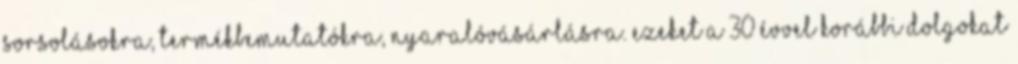
sorsolásokra, termékbemutatókra, nyaralóvásárlásra. Ezeket a 30 évvel korábbi dolgokat